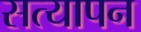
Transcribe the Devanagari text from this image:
सत्‍यापन